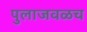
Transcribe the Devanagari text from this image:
पुलाजवळच